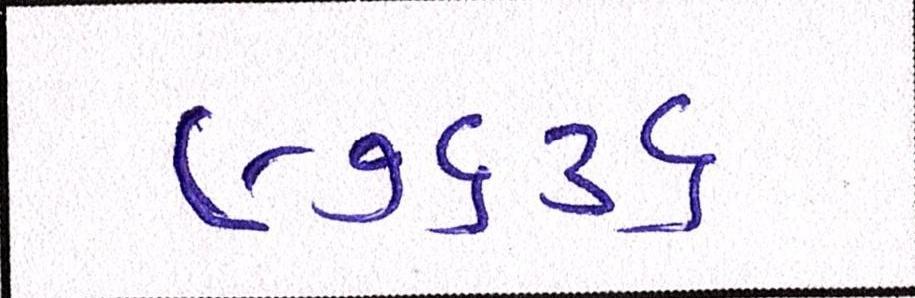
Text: ૯૭૬૩૬